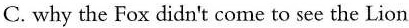
C. why the Fox didn't come to see the Lion